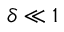
\delta \ll 1